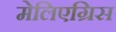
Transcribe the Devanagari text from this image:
मेलिएग्रिस